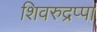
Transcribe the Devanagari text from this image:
शिवरुद्रप्पा